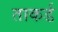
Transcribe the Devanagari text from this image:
ताकर्ड